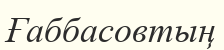
Ғаббасовтың